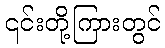
၎င်းတို့ကြားတွင်